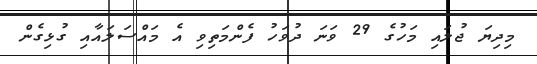
މިދިޔަ ޖުލައި މަހުގެ 29 ވަނަ ދުވަހު ފެންމަތިވި އެ މައްސަލައާއި ގުޅިގެން